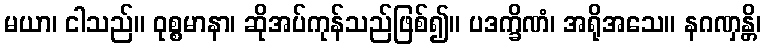
မယာ၊ ငါသည်။ ဝုစ္စမာနာ၊ ဆိုအပ်ကုန်သည်ဖြစ်၍။ ပဒက္ခိဏံ၊ အရိုအသေ။ နဂဏှန္တိ၊